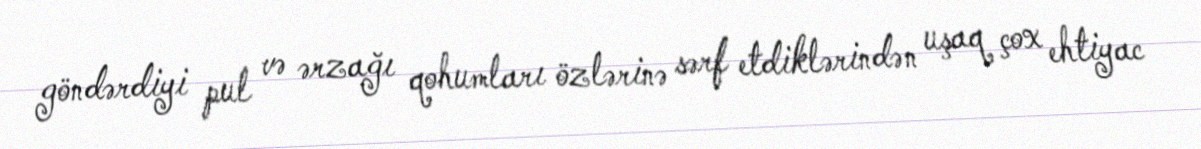
göndərdiyi pul və ərzağı qohumları özlərinə sərf etdiklərindən uşaq çox ehtiyac